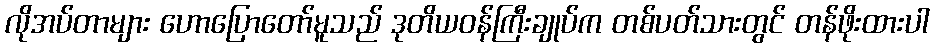
လိုအပ်တာများ ဟောပြောတော်မူသည် ဒုတိယဝန်ကြီးချုပ်က တစ်ပတ်သားတွင် တန်ဖိုးထားပါ